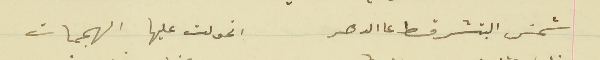
شمسَ البتشرقط عالدهر                                 اتحولت عليها الهجمات